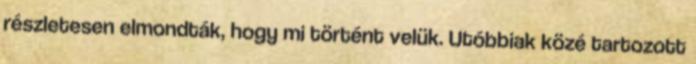
részletesen elmondták, hogy mi történt velük. Utóbbiak közé tartozott